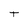
Character: T